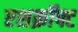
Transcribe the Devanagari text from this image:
एशक्रॉफ्ट